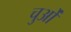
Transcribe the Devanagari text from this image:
चुओं